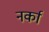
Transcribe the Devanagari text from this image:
नर्का